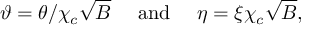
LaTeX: \vartheta = \theta / \chi _ { c } \sqrt { B } ~ ~ ~ ~ \mathrm { a n d } ~ ~ ~ ~ \eta = \xi \chi _ { c } \sqrt { B } ,